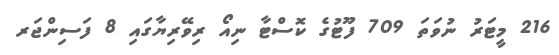
216 މީޓަރު ނުވަތަ 709 ފޫޓުގެ ކޮސްޓާ ނިއޯ ރިވޭރިޔާގައި 8 ފަސިންޖަރ